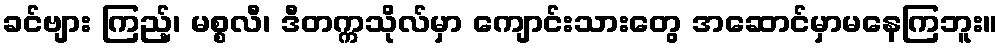
ခင်ဗျား ကြည့်၊ မစ္စလီ၊ ဒီတက္ကသိုလ်မှာ ကျောင်းသားတွေ အဆောင်မှာမနေကြဘူး။